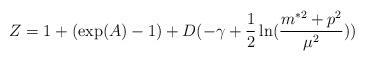
LaTeX: \begin{align*}Z=1+(\exp(A)-1)+D(-\gamma+\frac{1}{2}\ln(\frac{m^{\ast2}+p^{2}}{\mu^{2}}))\end{align*}